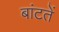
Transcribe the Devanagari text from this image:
बांटतें